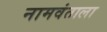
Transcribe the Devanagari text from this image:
नामवंताला